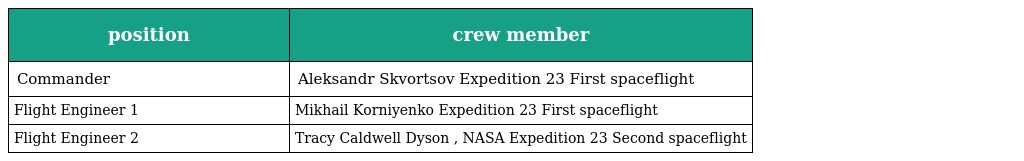
| position | crew member |
 | --- | --- |
 | Commander | Aleksandr Skvortsov Expedition 23 First spaceflight |
 | Flight Engineer 1 | Mikhail Korniyenko Expedition 23 First spaceflight |
 | Flight Engineer 2 | Tracy Caldwell Dyson , NASA Expedition 23 Second spaceflight |